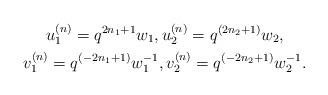
LaTeX: \begin{gather*}u^{(n)}_1=q^{2n_1+1}w_1, u^{(n)}_2=q^{(2n_2+1)}w_2,\\ v^{(n)}_1=q^{(-2n_1+1)}w_1^{-1}, v^{(n)}_2=q^{(-2n_2+1)}w_2^{-1}.\end{gather*}